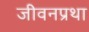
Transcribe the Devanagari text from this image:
जीवनप्रथा